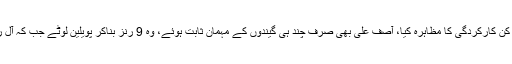
ٹاپ آرڈر کی ناکامی کے بعد مڈل آرڈر نے بھی مایوس کن کارکردگی کا مظاہرہ کیا، آصف علی بھی صرف چند ہی گیندوں کے مہمان ثابت ہوئے، وہ 9 رنز بناکر پویلین لوٹے جب کہ آل راؤنڈر شاداب خان کی اننگز بھی 8 رنز تک محدود رہی۔